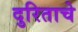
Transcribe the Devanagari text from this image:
दुरिताचे